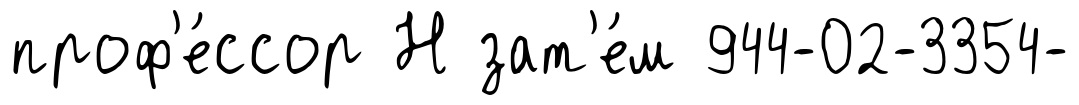
проф'е́ссор Н зат'е́м 944-02-3354-